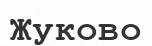
Жуково